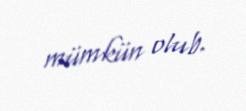
mümkün olub.